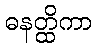
ဓနတ္ထိကာ